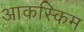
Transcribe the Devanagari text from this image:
आकस्किम